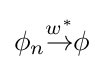
\phi _{n}{\overset {w^{*}}{\to }}\phi